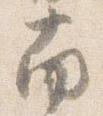
南